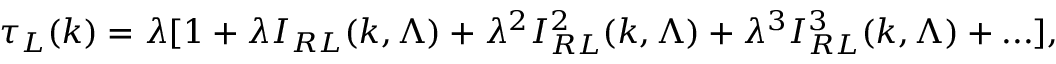
\tau _ { L } ( k ) = \lambda [ 1 + \lambda I _ { R L } ( k , \Lambda ) + \lambda ^ { 2 } I _ { R L } ^ { 2 } ( k , \Lambda ) + \lambda ^ { 3 } I _ { R L } ^ { 3 } ( k , \Lambda ) + . . . ] ,